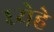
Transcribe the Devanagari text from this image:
ध्येहे